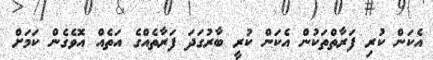
އެކަން ކުރި ފަރާތްތަކުން އެކަން ކުރީ ބާރުގަދަ ފަރާތެއްގެ އަތެއް އޮވެގެން ކަމަށް